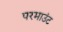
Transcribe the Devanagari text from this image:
परमाउंट